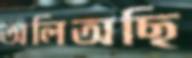
অলিঅছি